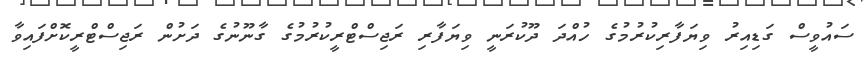
ސައުވީސް ގަޑިއިރު ވިޔަފާރިކުރުމުގެ ހުއްދަ ދޫކުރަނީ ވިޔަފާރި ރަޖިސްޓްރީކުރުމުގެ ގާނޫނުގެ ދަށުން ރަޖިސްޓްރީކޮށްފައިވާ